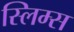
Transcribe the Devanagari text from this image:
स्लिम्स